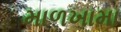
માળખામા